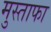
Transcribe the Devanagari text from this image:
मुस्ताफा